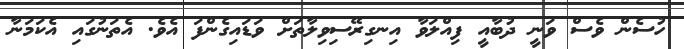
ހުސެން ވެސް ވަނީ ދުބާއީ ފިއްލަވާ އިނގިރޭސިވިލާތަށް ވަޑައިގެންފަ އެވެ. އެތަނުގައި އެކަމަނާ